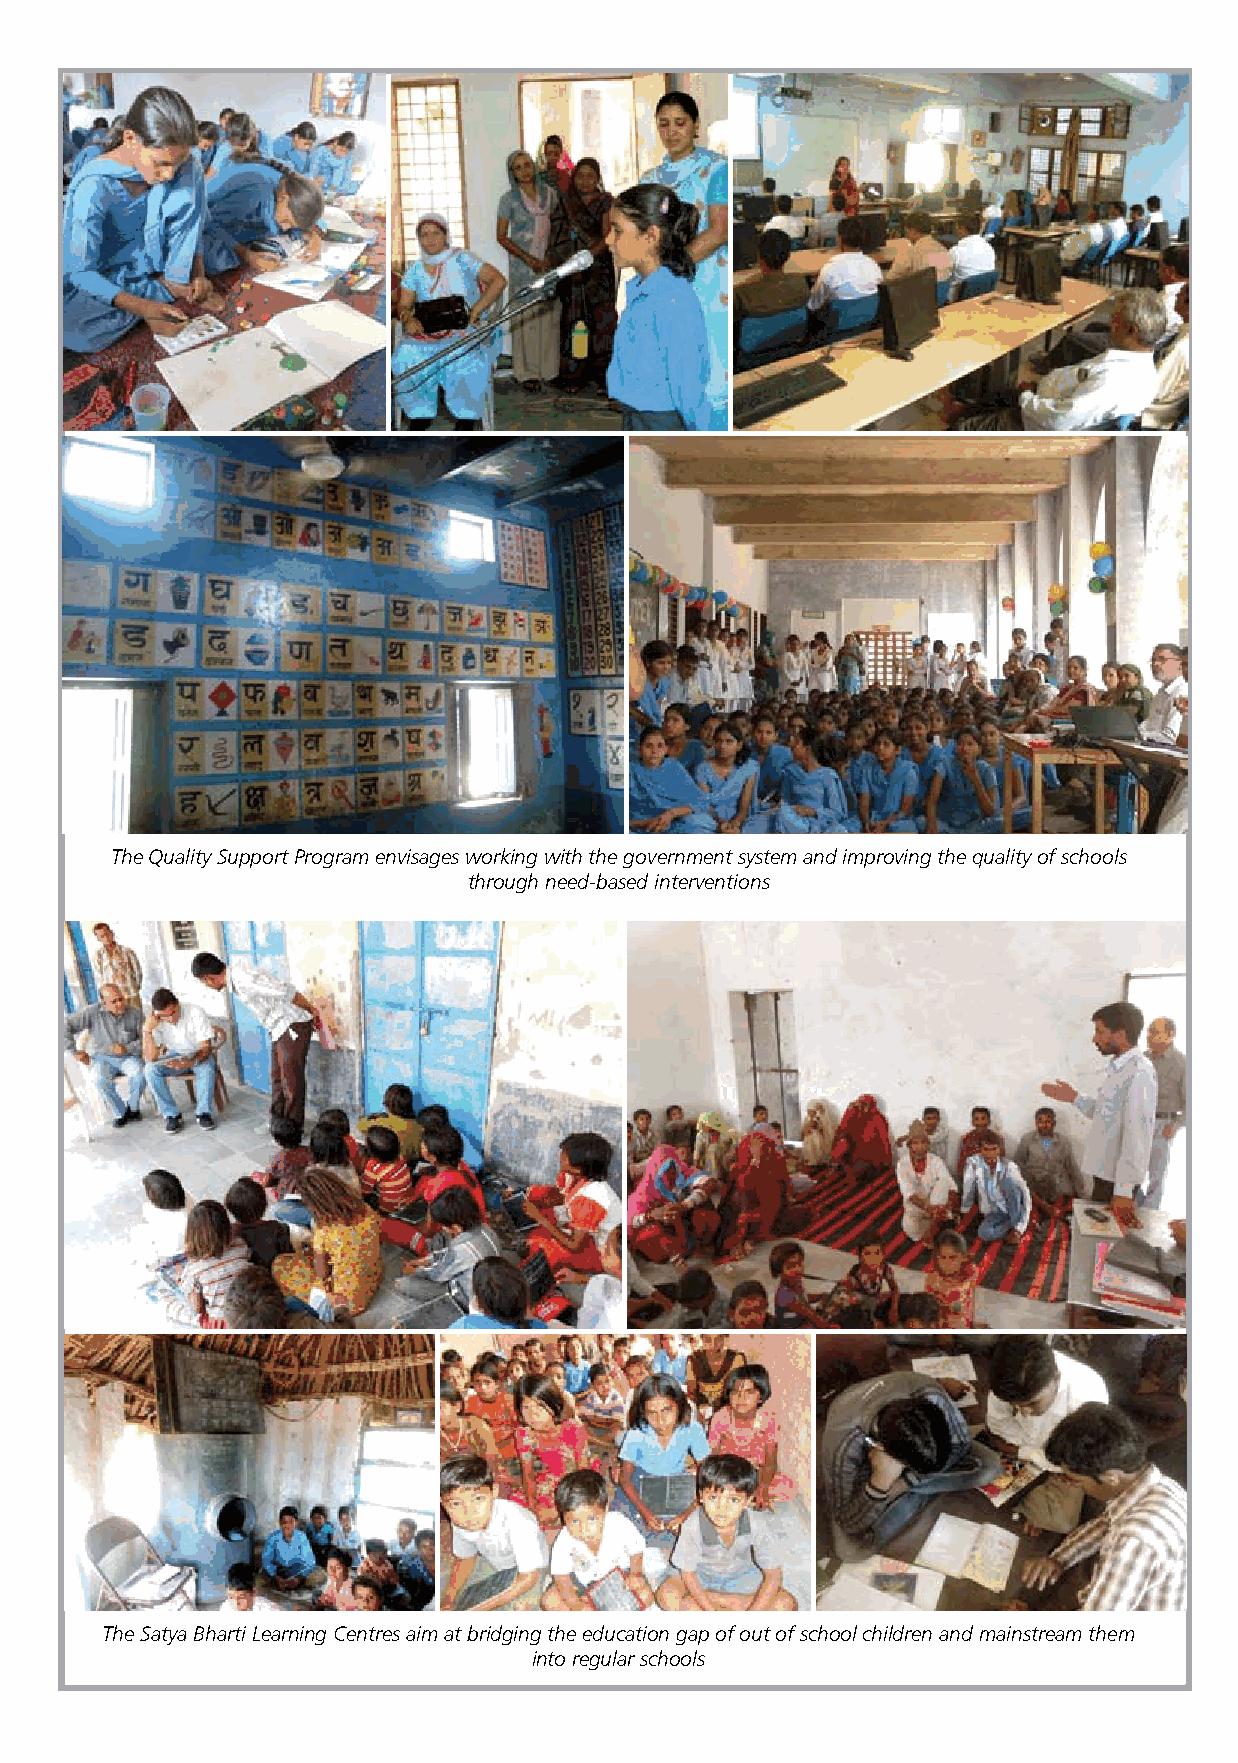
The Quality Support Program envisages working with the government system and improving the quality of schools
 through need-based interventions
 The Satya Bharti Learning Centres aim at bridging the education gap of out of school children and mainstream them
 into regular schools